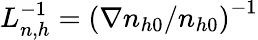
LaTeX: L_{n,h}^{-1}=\left(\nabla n_{h0}/n_{h0}\right)^{-1}